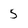
Character: 5